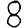
Digit: 8